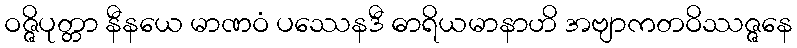
ဝဇ္ဇိပုတ္တာ နီနယေ မာဏဝံ ပဿေနဒီ ဓာရိယမာနာဟိ အဗျာကတဝိဿဇ္ဇနေ